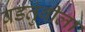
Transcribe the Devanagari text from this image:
वडतुंबीला